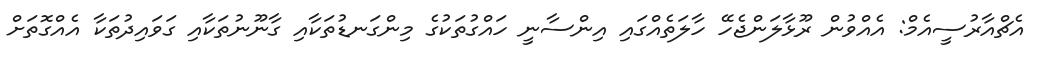
އެޗްއާރުސީއެމް: އެއްވުން ރޫޅާލަންޖެހޭ ހާލަތެއްގައި އިންސާނީ ހައްގުތަކުގެ މިންގަނޑުތަކާއި ގާނޫނުތަކާއި ގަވައިދުތަކާ އެއްގޮތަށް